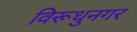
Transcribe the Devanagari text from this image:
विरूधुनगर